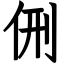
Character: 侀